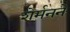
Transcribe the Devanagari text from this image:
शेर्मनने